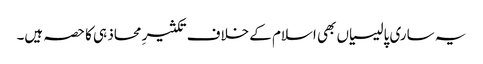
یہ ساری پالیسیاں بھی اسلام کے خلاف تکثیرِ محاذ ہی کا حصہ ہیں۔